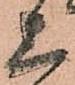
上